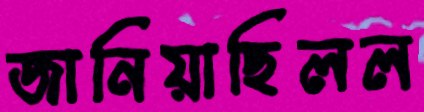
জানিয়াছিলল